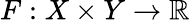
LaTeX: F:X\times Y\rightarrow\mathbb{R}